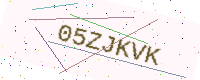
Text: 05ZJKVK